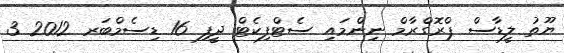
ޔޫތު ލީޑާސް ޕްރޮގްރާމް ނިންމައި ސެޓްފިކެޓް ދީފި 16 ޑިސެމްބަރ 2012 3